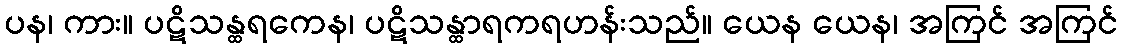
ပန၊ ကား။ ပဋိသန္ထရကေန၊ ပဋိသန္ထာရကရဟန်းသည်။ ယေန ယေန၊ အကြင် အကြင်